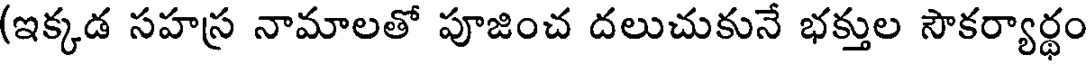
(ఇక్కడ సహస్ర నామాలతో పూజించ దలుచుకునే భక్తుల సౌకర్యార్థం